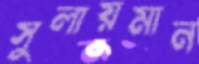
সুলায়মান